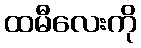
ထမီလေးကို